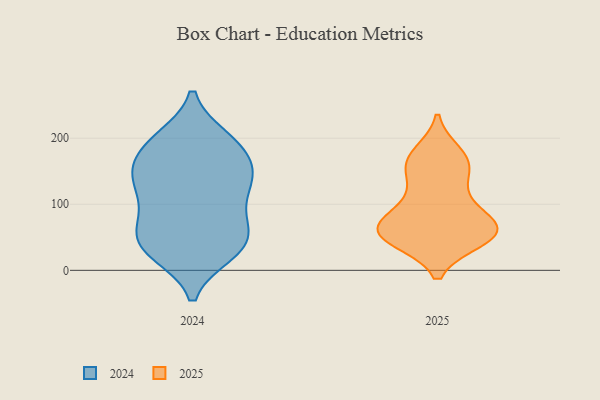
{"axis": {"x": "Tickets Resolved", "y": "Value"}, "legend": ["2024", "2025"], "data": [{"x": "", "y": 61, "type": "2025"}, {"x": "", "y": 173, "type": "2025"}, {"x": "", "y": 75, "type": "2025"}, {"x": "", "y": 46, "type": "2025"}, {"x": "", "y": 54, "type": "2025"}, {"x": "", "y": 116, "type": "2025"}, {"x": "", "y": 163, "type": "2025"}, {"x": "", "y": 48, "type": "2025"}, {"x": "", "y": 48, "type": "2025"}, {"x": "", "y": 81, "type": "2025"}, {"x": "", "y": 59, "type": "2025"}, {"x": "", "y": 151, "type": "2025"}, {"x": "", "y": 152, "type": "2025"}, {"x": "", "y": 104, "type": "2025"}, {"x": "", "y": 62, "type": "2025"}, {"x": "", "y": 63, "type": "2025"}, {"x": "", "y": 177, "type": "2025"}, {"x": "", "y": 77, "type": "2024"}, {"x": "", "y": 151, "type": "2024"}, {"x": "", "y": 49, "type": "2024"}, {"x": "", "y": 199, "type": "2024"}, {"x": "", "y": 26, "type": "2024"}, {"x": "", "y": 76, "type": "2024"}, {"x": "", "y": 122, "type": "2024"}, {"x": "", "y": 29, "type": "2024"}, {"x": "", "y": 194, "type": "2024"}, {"x": "", "y": 45, "type": "2024"}, {"x": "", "y": 192, "type": "2024"}, {"x": "", "y": 160, "type": "2024"}, {"x": "", "y": 140, "type": "2024"}, {"x": "", "y": 140, "type": "2024"}, {"x": "", "y": 149, "type": "2024"}, {"x": "", "y": 40, "type": "2024"}, {"x": "", "y": 87, "type": "2024"}, {"x": "", "y": 193, "type": "2024"}, {"x": "", "y": 119, "type": "2024"}, {"x": "", "y": 31, "type": "2024"}]}